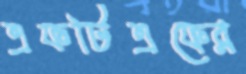
এফটিএফের